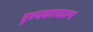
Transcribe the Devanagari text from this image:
दृश्यकाव्यरूप